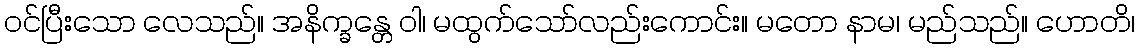
ဝင်ပြီးသော လေသည်။ အနိက္ခန္တေ ဝါ၊ မထွက်သော်လည်းကောင်း။ မတော နာမ၊ မည်သည်။ ဟောတိ၊